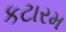
કટારમ